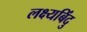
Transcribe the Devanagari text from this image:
लक्ष्यबिंदु